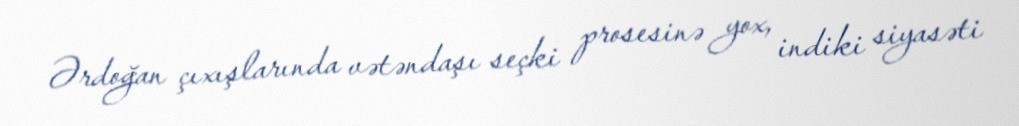
Ərdoğan çıxışlarında vətəndaşı seçki prosesinə yox, indiki siyasəti